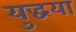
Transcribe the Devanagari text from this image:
युद्धया